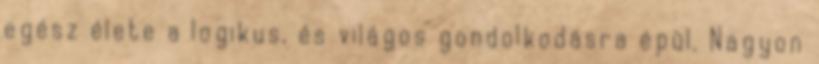
egész élete a logikus, és világos gondolkodásra épül. Nagyon